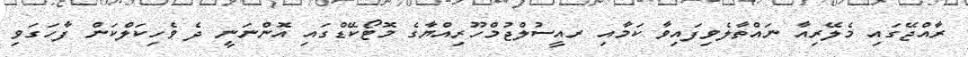
ރާއްޖޭގައި މެލޭރިއާ ނައްތާލެވިފައިވާ ކަމާއި ރއީސުލްޖުމްހޫރިއްޔާގެ މޮޓޯކޭޑްގައި އޮންނަނީ ދެ ވެހިކަލްކަން ފާހަގަވި